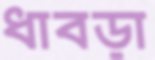
ধাবড়া